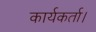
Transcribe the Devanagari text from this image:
कार्यकर्ता।